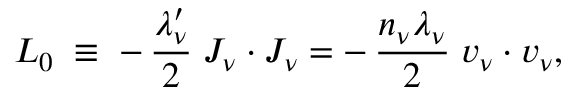
{ \cal L } _ { 0 } \; \equiv \; - \, \frac { \lambda _ { \nu } ^ { \prime } } { 2 } \; J _ { \nu } \cdot J _ { \nu } = - \, \frac { n _ { \nu } \lambda _ { \nu } } { 2 } \; v _ { \nu } \cdot v _ { \nu } ,